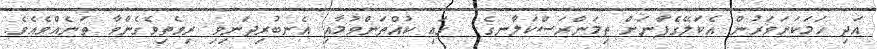
އަދި ހަމަކަށަވަރުން އެކަލޭގެފާނަށް ތިމަންރަސްކަލާނގެ  ގައި ކުއްތަންވުމާއި އެނބުރިދަނިވި ރިވެތިވެގެންވާ ތަނެއްވެއެވެ.